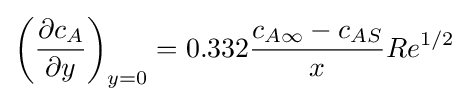
\left({\partial c_{A} \over \partial y}\right)_{y=0}=0.332{c_{A\infty }-c_{AS} \over x}Re^{1/2}